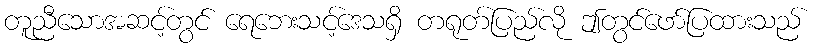
တူညီသောအဆင့်တွင် ရေဘေးသင့်ဒေသရှိ တရုတ်ပြည်လို ဤတွင်ဖော်ပြထားသည်